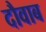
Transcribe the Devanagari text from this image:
दौवाब